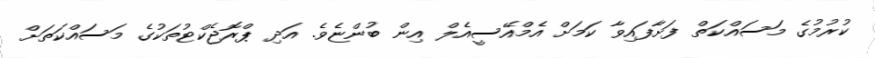
ކުރުމުގެ މަސައްކަތް ފަށާފައިވާ ކަމަށް އެމްއޭސީއެލް އިން ބުންޏެވެ. އަދި ޕްރޮޖެކްޓުތަކުގެ މަސައްކަތަށް